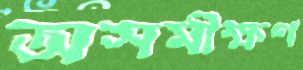
অসমীক্ষণ